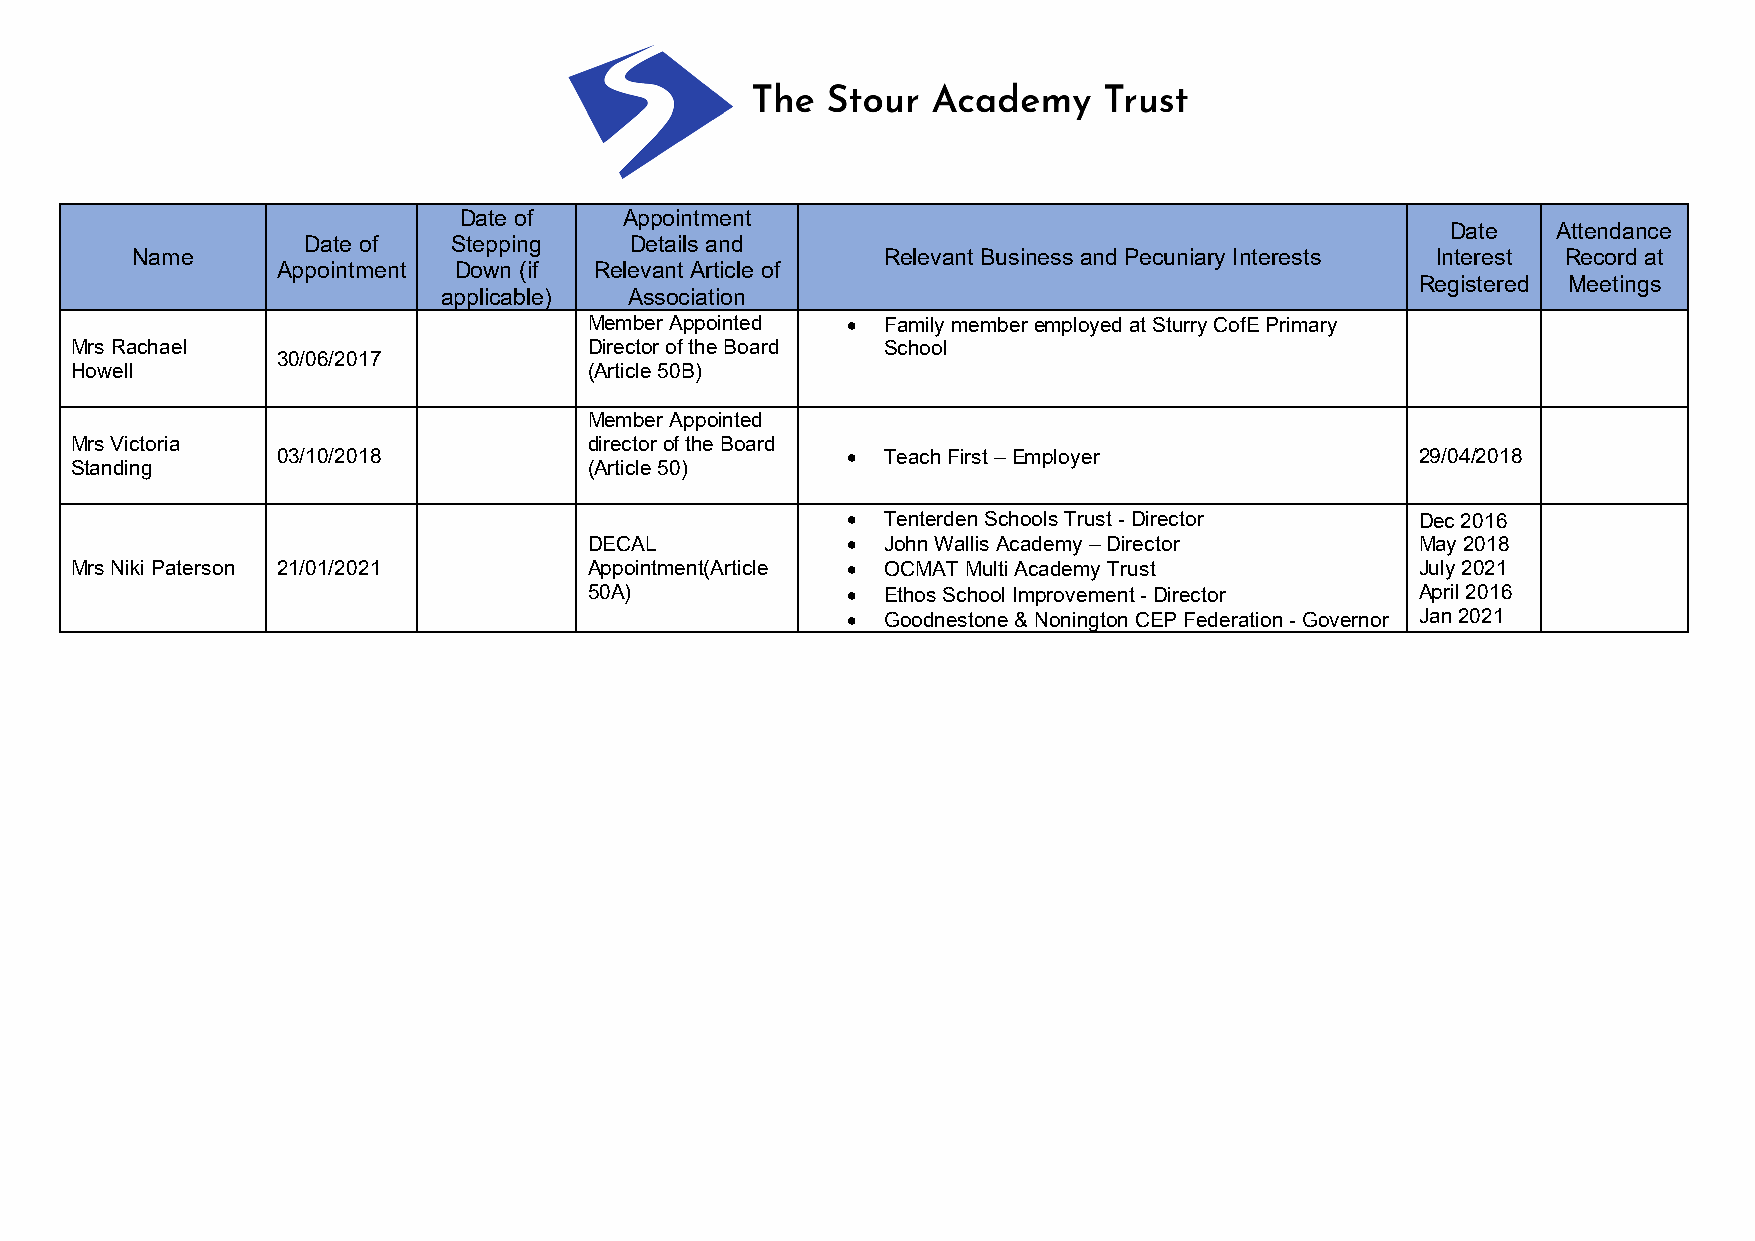
Date of    Appointment
 Date   Attendance
 Date of   Stepping    Details and
 Name                                             Relevant Business and Pecuniary Interests Interest Record at
 Appointment Down (if Relevant Article of
 Registered Meetings
 applicable)  Association
 Member Appointed •  Family member employed at Sturry CofE Primary
 Mrs Rachael                       Director of the Board School
 30/06/2017
 Howell                            (Article 50B)
 Member Appointed
 Mrs Victoria                      director of the Board
 03/10/2018                            •  Teach First – Employer             29/04/2018
 Standing                          (Article 50)
 •  Tenterden Schools Trust - Director Dec 2016
 DECAL            •  John Wallis Academy – Director     May 2018
 Mrs Niki Paterson 21/01/2021      Appointment(Article • OCMAT Multi Academy Trust        July 2021
 50A)             •  Ethos School Improvement - Director April 2016
 •  Goodnestone & Nonington CEP Federation - Governor Jan 2021